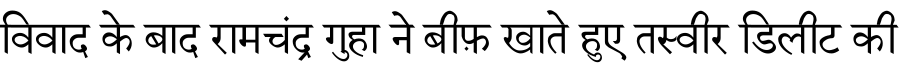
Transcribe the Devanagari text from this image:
विवाद के बाद रामचंद्र गुहा ने बीफ़ खाते हुए तस्वीर डिलीट की